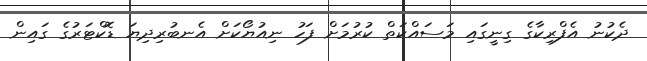
ދެކުނު އެފްރިކާގެ ގިނީގައި މަސައްކަތް ކުރުމަށް ފަހު ނިއުޔޯކަށް އެނބުރިދިޔަ ޑޮކްޓަރުގެ ގައިން